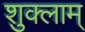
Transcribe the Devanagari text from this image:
शुक्लाम्